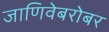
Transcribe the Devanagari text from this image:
जाणिवेबरोबर